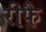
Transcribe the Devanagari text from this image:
रीफै